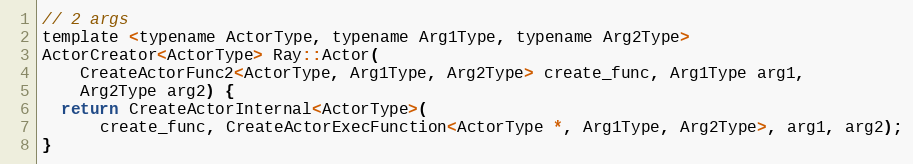
Language: C
// 2 args
template <typename ActorType, typename Arg1Type, typename Arg2Type>
ActorCreator<ActorType> Ray::Actor(
    CreateActorFunc2<ActorType, Arg1Type, Arg2Type> create_func, Arg1Type arg1,
    Arg2Type arg2) {
  return CreateActorInternal<ActorType>(
      create_func, CreateActorExecFunction<ActorType *, Arg1Type, Arg2Type>, arg1, arg2);
}